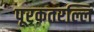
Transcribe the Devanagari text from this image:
पूरकतरल्लि